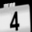
Digit: 4